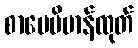
စာပေဗိမာန်ထုတ်